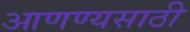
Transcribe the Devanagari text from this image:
आणण्यसाठी